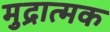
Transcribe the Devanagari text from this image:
मुद्रात्मक